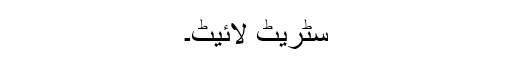
سٹریٹ لائیٹ۔